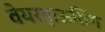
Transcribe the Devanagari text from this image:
वेयरहाऊसिंग